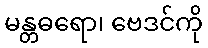
မန္တဓရော၊ ဗေဒင်ကို